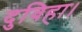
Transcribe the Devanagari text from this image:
दुविहा।